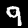
Digit: 9